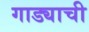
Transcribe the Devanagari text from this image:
गाड्याची